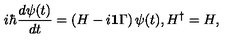
i \hbar \frac { d \psi ( t ) } { d t } = \left( H - i { \bf 1 } \Gamma \right) \psi ( t ) , H ^ { \dagger } = H ,